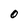
Character: O